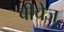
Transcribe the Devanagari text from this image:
बीचेज